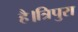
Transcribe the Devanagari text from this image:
है।त्रिपुरा